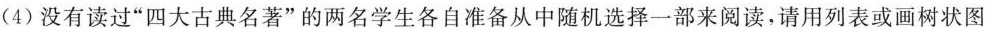
(4)没有读过”四大古典名著”的两名学生各自准备从中随机选择一部来阅读，请用列表或画树状图